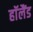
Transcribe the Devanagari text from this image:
हाॅलैंड